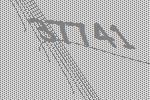
37741